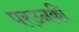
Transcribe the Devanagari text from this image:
परउनकी